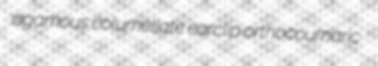
agamous columellate earclip orthocoumaric